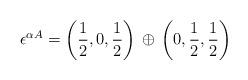
LaTeX: \begin{align*}\epsilon^{\alpha A} = \left(\frac{1}{2},0,\frac{1}{2}\right)\, \oplus \,\left(0,\frac{1}{2},\frac{1}{2}\right)\,\end{align*}